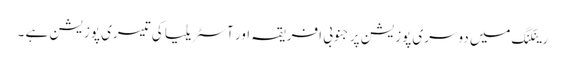
رینکنگ میں دوسری پوزیشن پر جنوبی افریقہ اور آسٹریلیا کی تیسری پوزیشن ہے ۔